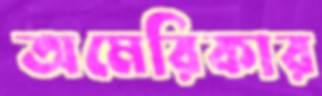
অমেরিকার